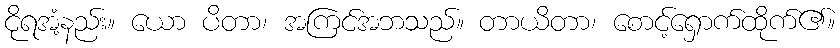
ငိုရအံ့နည်း။ ယော ပိတာ၊ အကြင်အဘသည်။ တာယိတာ၊ စောင့်ရှောက်ထိုက်၏။